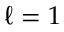
\ell = 1